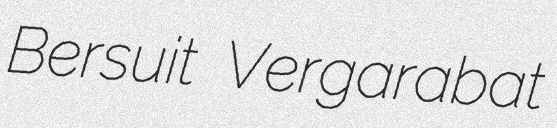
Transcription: Bersuit Vergarabat